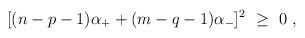
LaTeX: \begin{align*}[(n-p-1)\alpha_+ + (m-q-1)\alpha_-]^2\ \geq\ 0\ ,\end{align*}